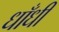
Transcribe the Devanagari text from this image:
धाँधी